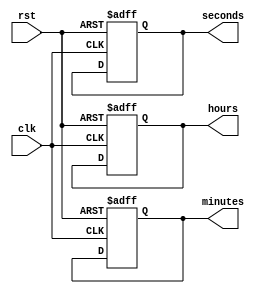
module clock_divider(
  input wire clk,
  input wire rst,
  output reg [3:0] hours,
  output reg [5:0] minutes,
  output reg [5:0] seconds
);

reg [22:0] counter;

always @ (posedge clk or posedge rst) begin
  if (rst) begin
    counter <= 0;
    hours <= 0;
    minutes <= 0;
    seconds <= 0;
  end else begin
    counter <= counter + 1;
    if (counter == 25000000) begin
      counter <= 0;
      seconds <= seconds + 1;
      if (seconds == 60) begin
        seconds <= 0;
        minutes <= minutes + 1;
        if (minutes == 60) begin
          minutes <= 0;
          hours <= hours + 1;
          if (hours == 24) begin
            hours <= 0;
          end
        end
      end
    end
  end
end

endmodule